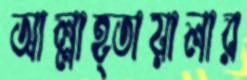
আল্লাহ্তায়ালার